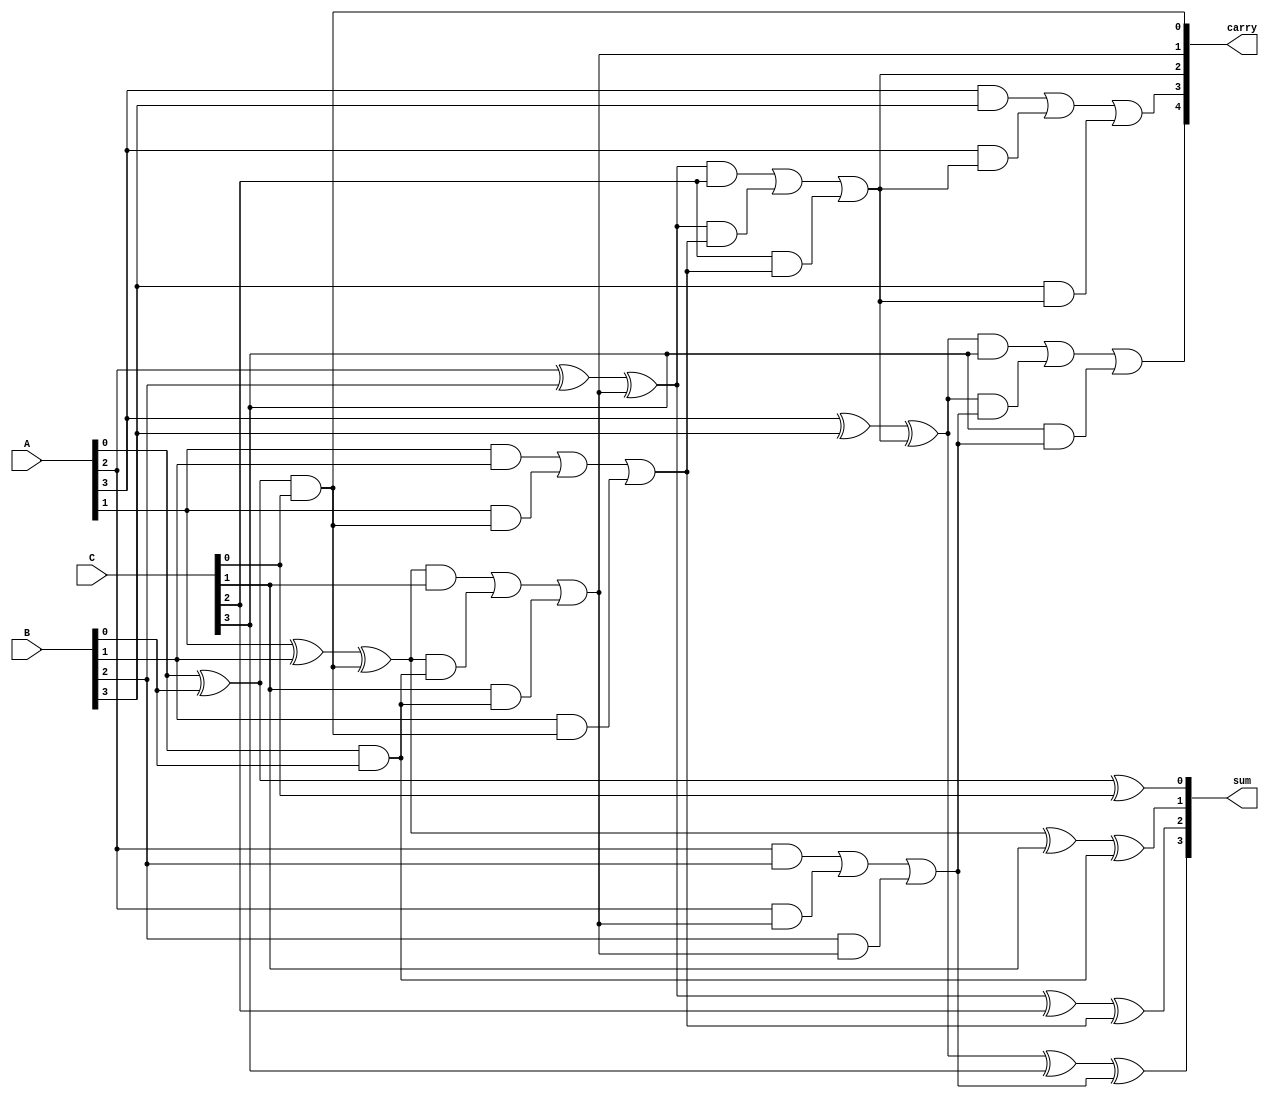
module ModifiedCarrySaveAdder #(
    parameter N = 4 // Width of the operands
)(
    input [N-1:0] A, // First operand
    input [N-1:0] B, // Second operand
    input [N-1:0] C, // Third operand
    output reg [N-1:0] sum, // Final sum output
    output reg [N:0] carry // Final carry output
);

    // Internal wires for partial sums and carries
    wire [N-1:0] ps1, ps2; // Partial sums
    wire [N-1:0] c1, c2; // Carry bits

    // Generate partial sums and carries
    genvar i;
    generate
        for (i = 0; i < N; i = i + 1) begin : gen_partial_sums_carries
            // Half Adders and Full Adders for generating partial sums and carries
            if (i == 0) begin
                assign ps1[i] = A[i] ^ B[i];
                assign c1[i] = A[i] & B[i];
            end else begin
                assign ps1[i] = A[i] ^ B[i] ^ c2[i-1];
                assign c1[i] = (A[i] & B[i]) | (A[i] & c2[i-1]) | (B[i] & c2[i-1]);
            end
            
            // Adding third operand C to the partial sum
            if (i == 0) begin
                assign ps2[i] = ps1[i] ^ C[i];
                assign c2[i] = ps1[i] & C[i];
            end else begin
                assign ps2[i] = ps1[i] ^ C[i] ^ c1[i-1];
                assign c2[i] = (ps1[i] & C[i]) | (ps1[i] & c1[i-1]) | (C[i] & c1[i-1]);
            end
        end
    endgenerate

    // Final sum and carry output
    always @(*) begin
        sum = ps2;  // The final sum is the last stage of partial sums
        carry = {c2[N-1], c1[N-1], c2[N-2:0]}; // Collecting carry bits
    end

endmodule